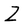
Character: Z